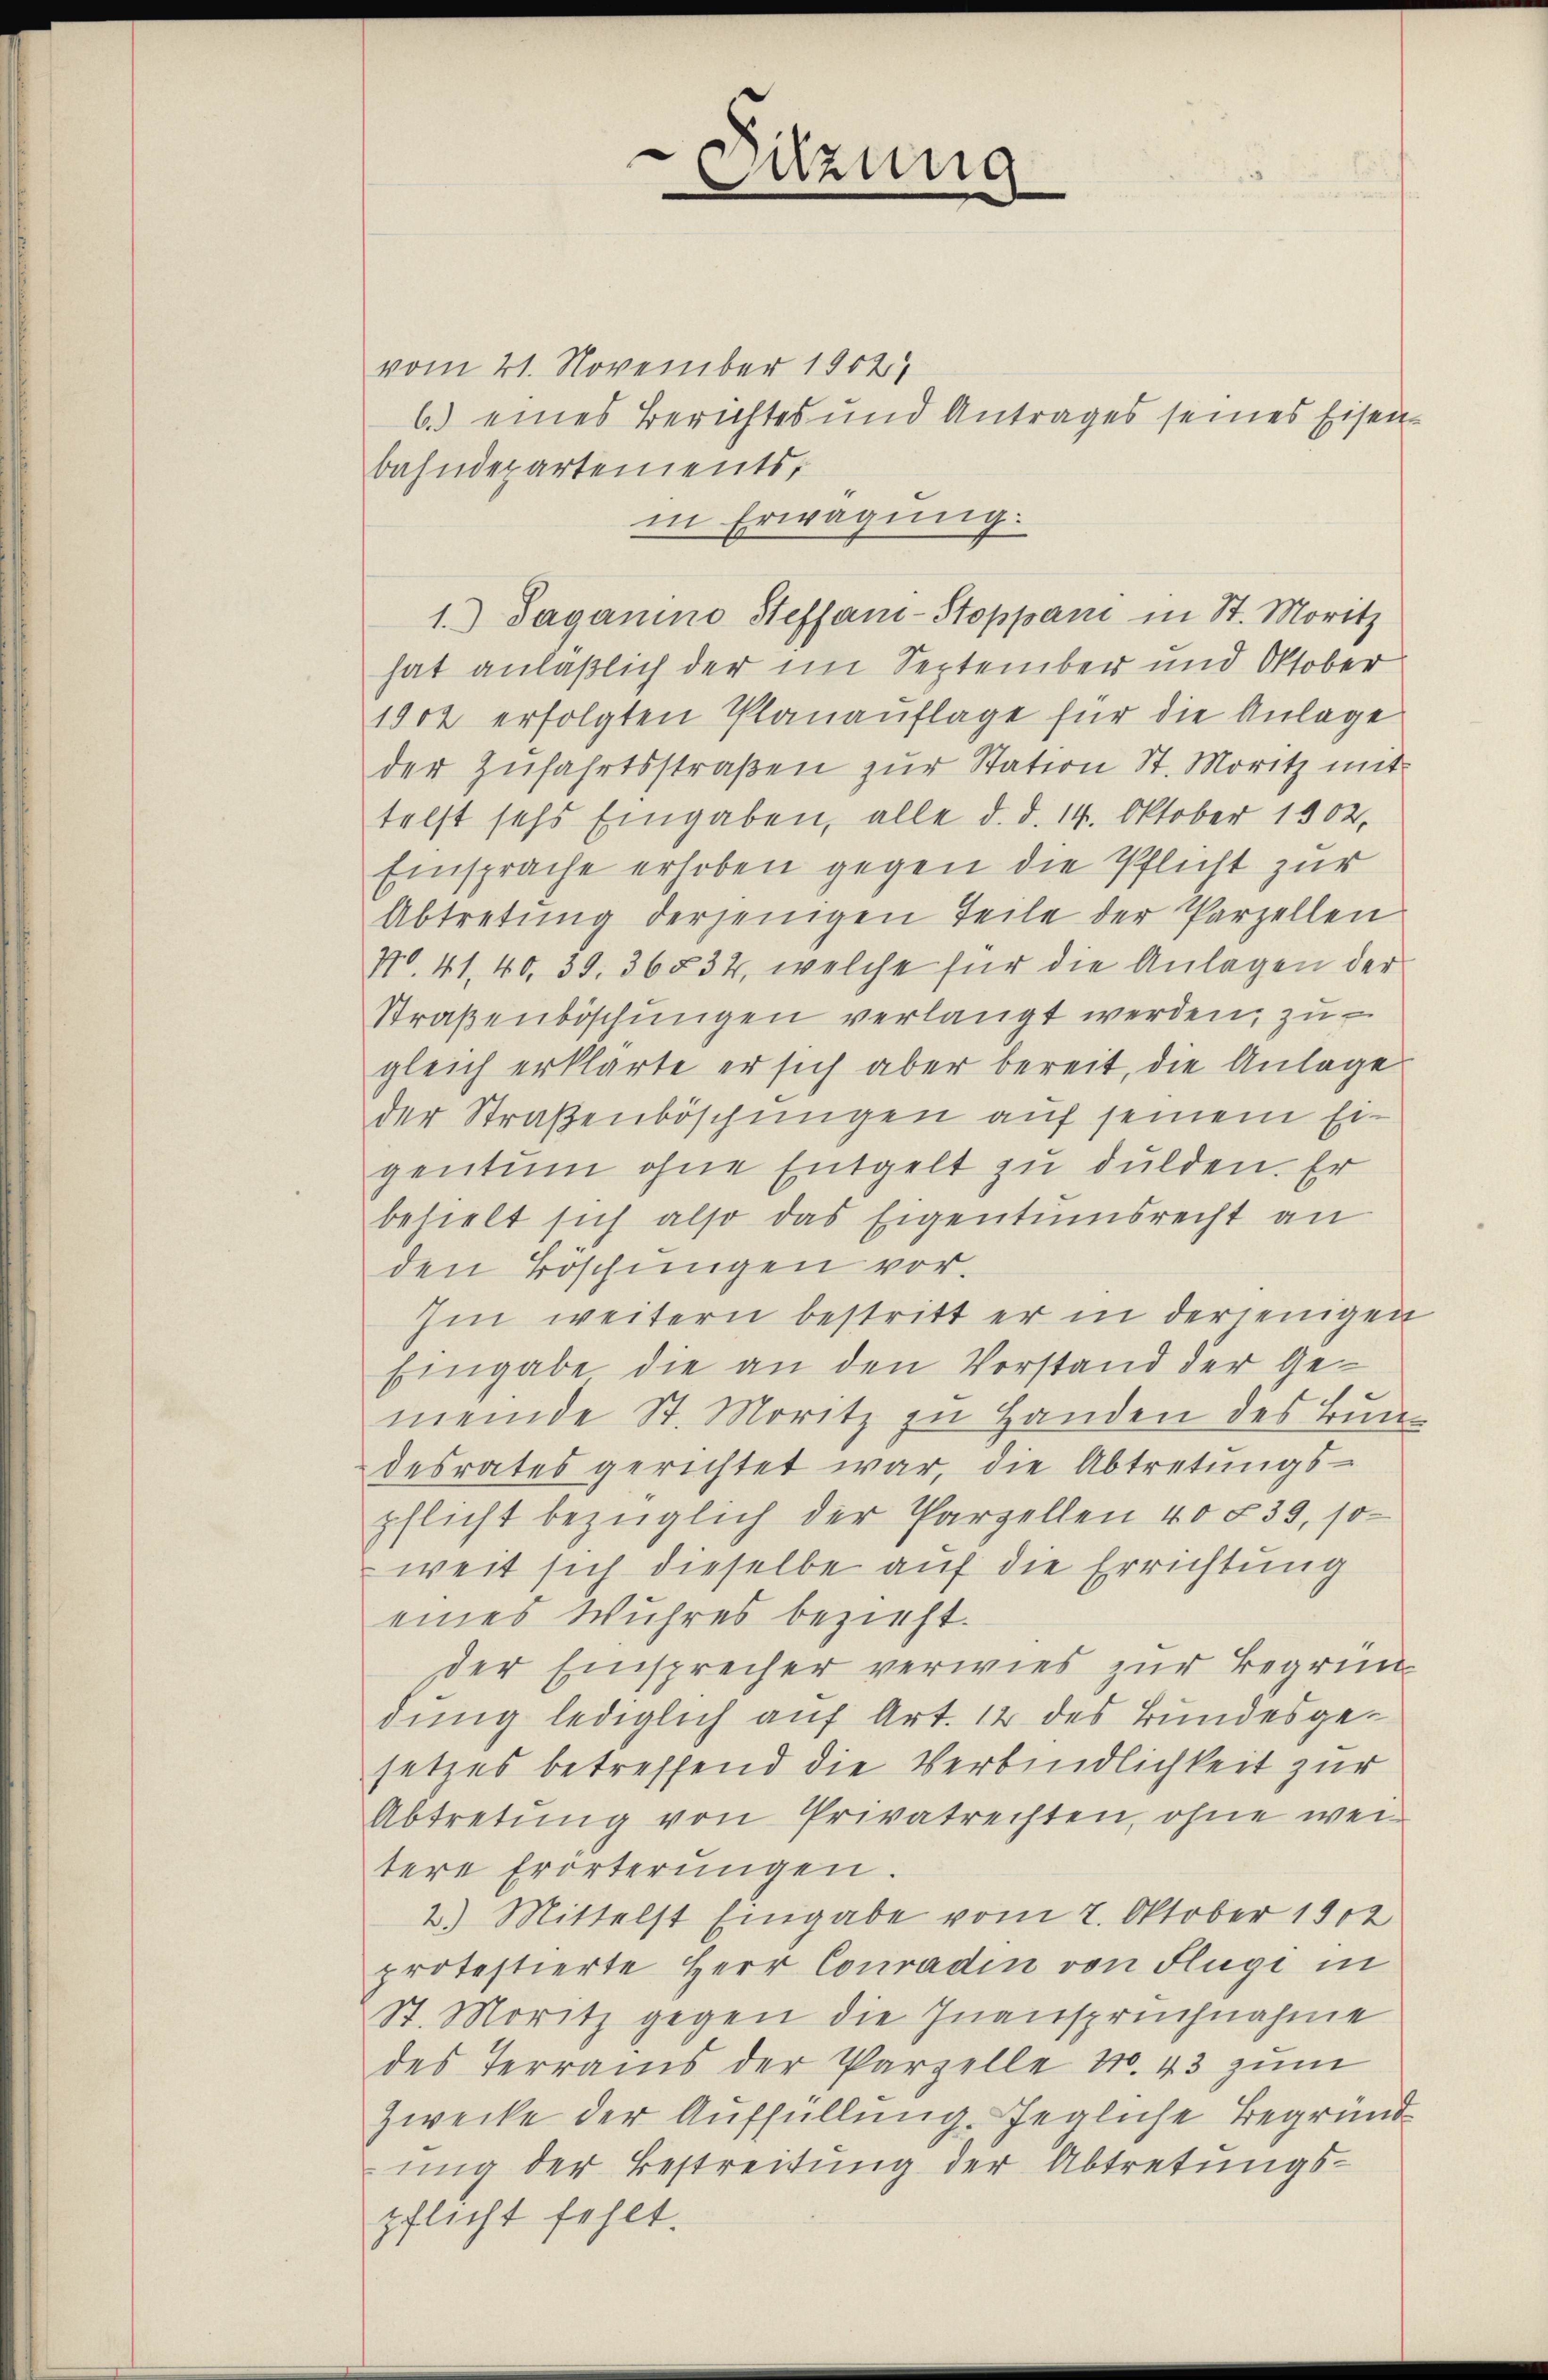
Sitzung

vom 21. November 1902
6.) eines Berichtes und Antrages seines Eisen-
bahndepartements,
in Erwägung.
1.) Saganino Steffani-Stoppani in St. Moritz
hat anläßlich der im September und Oktober
1902 erfolgten Planauflage für die Anlage
der Zŭfahrtsstraβen zŭr Station St. Moritz mit
telst sehr Eingaben, alle d. d. 14. Oktober 1802.
Einsprache erhoben gegen die Pflicht zur
Abtretung derjenigen Teile der Parzellen
N0. 41, 40, 39. 36532, welche für die Anlagen der
Straßenböschungen verlangt werden, zu
gleich erklärte er sich aber bereit, die Anlage
der Straßenböschungen auf seinem Eigentum ohne Entgelt zu dulden. Er
behielt sich also das Eigentumsrecht an
den Böschungen vor.
Im weitern bestritt er in derjenigen
Eingabe die an den Verstand der Gemeinde St. Moritz zu Handen des Bundesrates gerichtet war, die Abtretŭngs-
pflicht bezüglich der Parzellen 40 § 39, so
weit sich dieselbe auf die Errichtung
eines Wuhres bezieht.
der Einsprecher verwies zur Begründung lediglich auf Art. 12 des Bundesgesetzes betreffend die Verbindlichkeit zur
Abtretung von Privatrechten, ohne weitere Erörterŭngen.
2) Mittelst Eingabe vom 7. Oktober 1802
protestierte Herr Conradin von Flüge in
St. Moritz gegen die Inanspruchnahme
des Terrains der Parzelle Nr. 43 zum
Zwecke der Auffüllung. Jegliche Begründ
ung der Bestreitung der Abtretungspflicht fehlt.